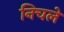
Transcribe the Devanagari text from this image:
निचले